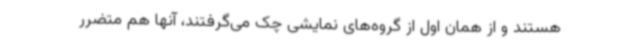
هستند و از همان اول از گروه‌های نمایشی چک می‌گرفتند، آنها هم متضرر